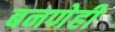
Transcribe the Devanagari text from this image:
बनणेही